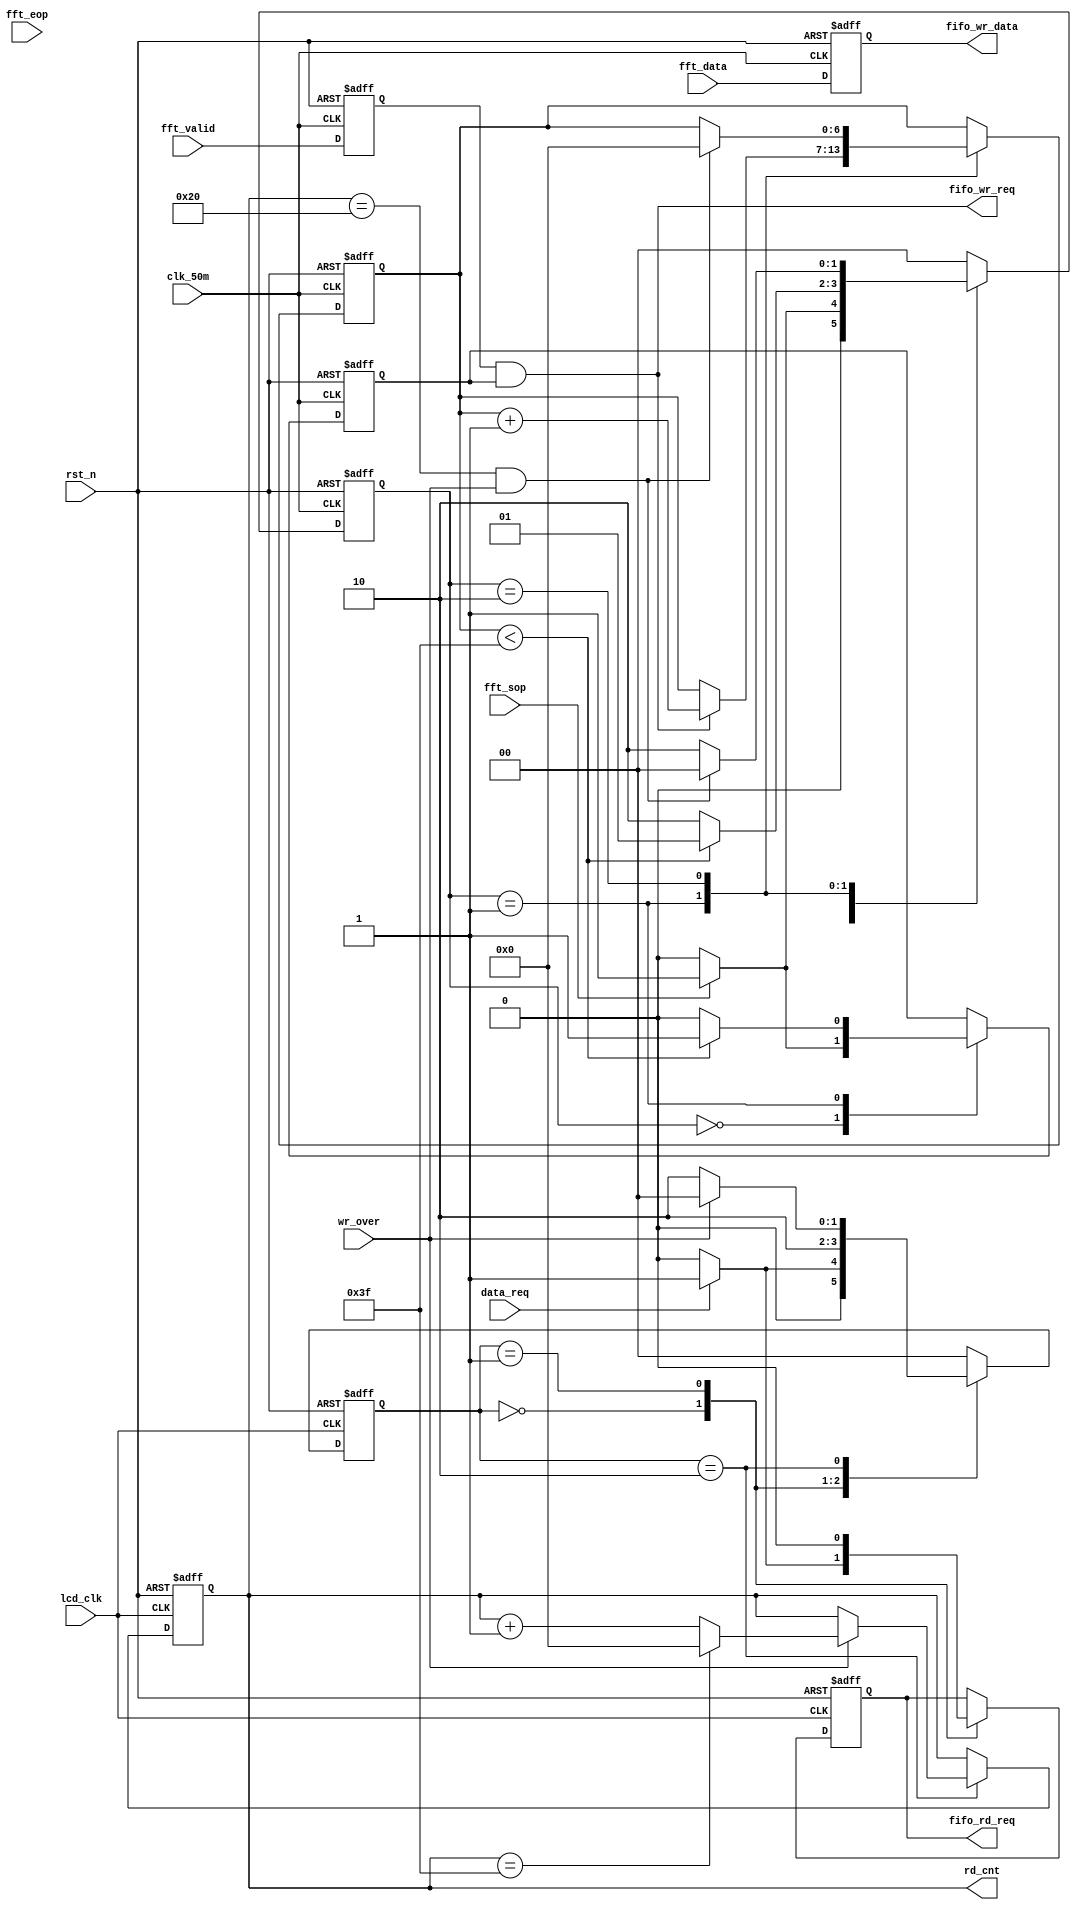
//****************************************Copyright (c)***********************************//
// : NC 
// ,  
// Copyright (c) 2020
// ALL right reserved
//----------------------------------------------------------------------------------------//
// Descriptions: 	FIRfifo
//----------------------------------------------------------------------------------------//
// Note:
//		1FFT
//----------------------------------------------------------------------------------------//
//****************************************************************************************//



//fifo_ctrlFIFO
module fifo_ctrl(
    input             		clk_50m,
    input             		lcd_clk,
    input             		rst_n,
    
    input      	[15:0] 	fft_data,
    input             		fft_sop,
    input             		fft_eop,
    input             		fft_valid,
    
    input             		data_req,     //
    input             		wr_over,      //LCD
    output 	reg 	[6:0]  	rd_cnt,      //
    
    output     	[15:0] 	fifo_wr_data,
    output            		fifo_wr_req,//fft_valid
    output 	reg        	fifo_rd_req
);
//========================================================================\
// =========== Define Parameter and Internal signals =========== 
//========================================================================/
//parameter define
parameter 	Transform_Length = 128;

//reg define
reg 			[1:0]  	wr_state;
reg 			[1:0]  	rd_state;
reg 			[6:0]  	wr_cnt;
reg        			wr_en;
reg        			fft_valid_r;
reg 			[15:0] 	fft_data_r;


//=============================================================================
//**************    Main Code   **************
//=============================================================================


//fifo
assign fifo_wr_req  = fft_valid_r && wr_en;//128wr_en64
assign fifo_wr_data = fft_data_r;

//
always @ (posedge clk_50m or negedge rst_n) begin
    if(!rst_n) begin
        fft_data_r  <= 16'd0;
        fft_valid_r <= 1'b0;
    end
    else begin
        fft_data_r  <= fft_data;
        fft_valid_r <= fft_valid;
    end     
end

//FIFOFIFO64
always @ (posedge clk_50m or negedge rst_n) begin
    if(!rst_n) begin
        wr_state <= 2'd0;
        wr_en    <= 1'b0;
        wr_cnt   <= 7'd0;
    end
    else begin
        case(wr_state)
            2'd0: begin             //
                if(fft_sop) begin//
                    wr_state <= 2'd1;//
                    wr_en    <= 1'b1;//
                end
                else begin          //wr_en
                    wr_state <= 2'd0;
                    wr_en    <= 1'b0;
                end
            end
            2'd1: begin             
                if(fifo_wr_req)     //FFTFIFO
                    wr_cnt   <= wr_cnt + 1'b1; //FIFO
                else
                    wr_cnt   <= wr_cnt;
                                    //FFT
                if(wr_cnt < Transform_Length/2 - 1'b1) begin
                    wr_en    <= 1'b1;
                    wr_state <= 2'd1;
                end
                else begin
                    wr_en    <= 1'b0;
                    wr_state <= 2'd2;
                end
            end
            2'd2: begin             //FIFO
                if((rd_cnt == Transform_Length/4)&& wr_over) begin
                    wr_cnt   <= 7'd0;
                    wr_state <= 2'd0;
                end
                else 
                    wr_state <= 2'd2;
            end
            default: 
                    wr_state <= 2'd0;
        endcase
    end     
end
    
//FIFO
always @ (posedge lcd_clk or negedge rst_n) begin
    if(!rst_n) begin
        rd_state    <= 2'd0;
        rd_cnt      <= 7'd0;
        fifo_rd_req <= 1'b0;
    end
    else begin
        case(rd_state)
            2'd0: begin             //FIFO
                if(data_req) begin
                    fifo_rd_req <= 1'b1;
                    rd_state    <= 2'd1;
                end
                else begin
                    fifo_rd_req <= 1'b0;
                    rd_state    <= 2'd0;
                end
            end
            2'd1: begin             //FIFO
                    fifo_rd_req <= 1'b0;
                    rd_state    <= 2'd2;
            end
            2'd2: begin             //
                if(wr_over) begin 
                    rd_state    <= 2'd0;
                    if( rd_cnt== Transform_Length/2 -1 ) 
                        rd_cnt <= 7'd0;//+163
                    else 
                        rd_cnt <= rd_cnt + 1'b1;//+1
                end 
                else 
                    rd_state    <= 2'd2;
            end 
            default: 
                    rd_state    <= 2'd0;
        endcase
    end     
end

endmodule